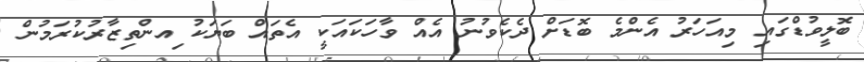
ބޮލީވުޑްގައި މިއަހަރު އެންމެ ބޮޑަށް ދެކެވުނު އެއް ވާހަކައަކީ އެތައް ބަޔަކު ިއންތިޒާރުކުރަމުން